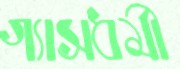
গ্যাসধর্মী